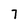
Character: 7